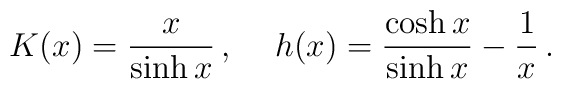
K(x)=\frac{x}{\sinh{x}}\,,\hspace{5mm}h(x)=\frac{\cosh{x}}{\sinh{x}}-\frac{1}{x}\,.